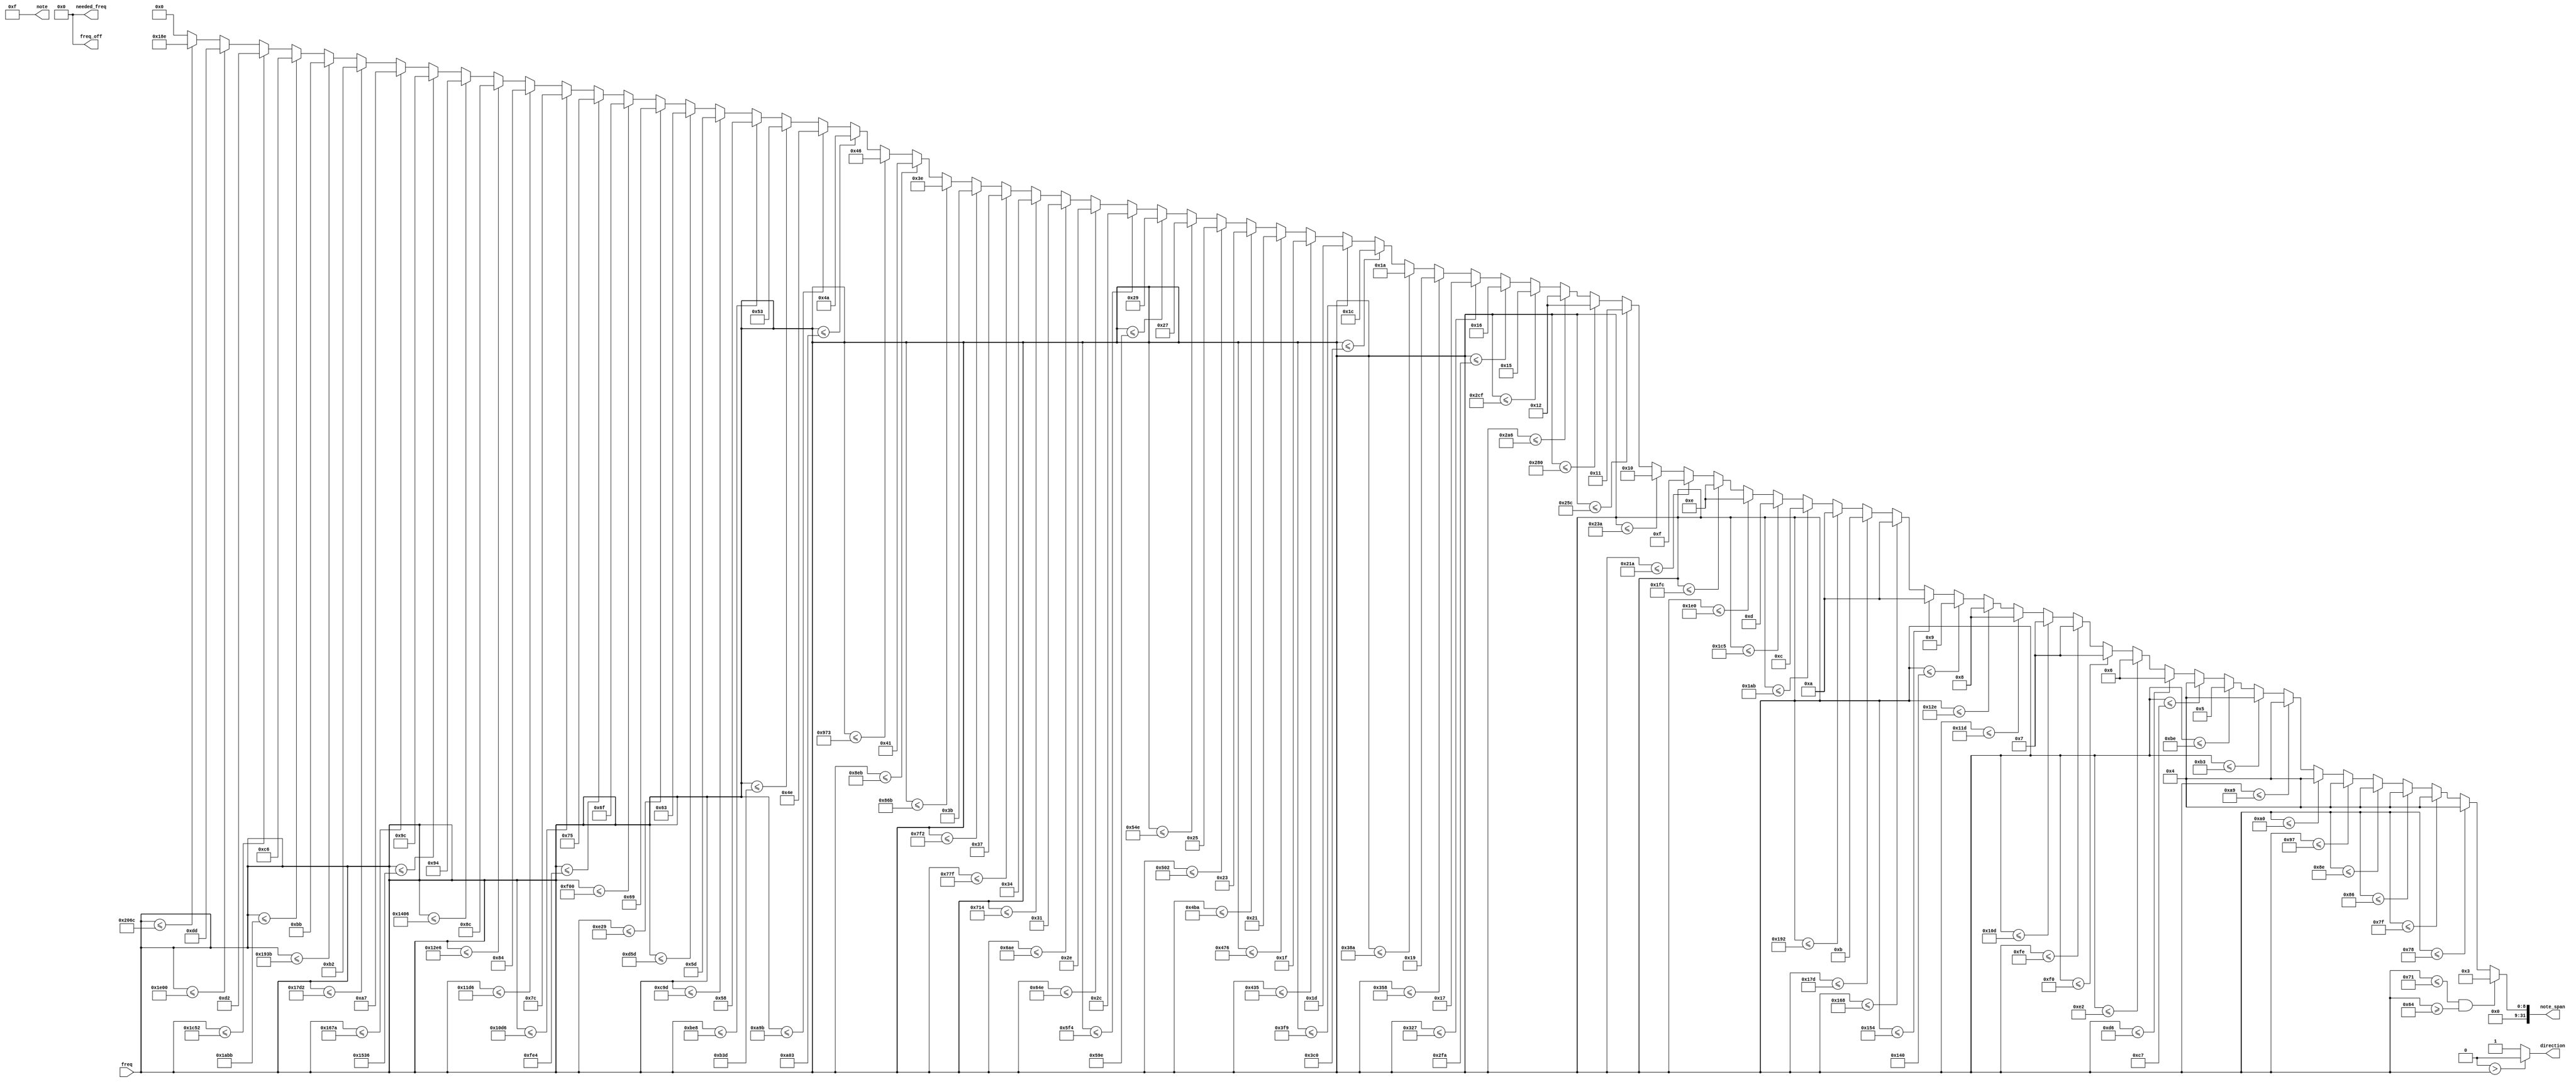
module note_determiner(
    input [31:0] freq,
    output [3:0] note,
    output direction,
    output [31:0] freq_off,
    output [31:0] needed_freq,
    output [31:0] note_span
    );
    wire [31:0] needed_freq = 0;
    wire [31:0] freq_off = 0;
    assign needed_freq = (freq <= 100)?0:(freq <= 113) ? 110 : 
    (freq<=120) ? 116 :(freq <=127)?123:(freq<=134)?130:(freq<=142)?138:(freq<=151)?147:
    (freq <= 160)? 155:(freq <= 169)? 165:(freq <= 179)? 175:(freq <= 190)? 185:(freq <= 199)? 196:
    (freq <= 214)? 208:(freq <= 226)? 220:(freq <= 240)? 233:(freq <= 254)? 247:(freq <= 269)? 262:
    (freq <= 285)? 277:(freq <= 302)? 294:(freq <= 320)? 311:(freq <= 340)? 330:(freq <= 360)? 350:
    (freq <= 381)? 370:(freq <= 402)? 392:(freq <= 427)? 415:(freq <= 453)? 440:(freq <= 480)? 466:
    (freq <= 508)? 494:(freq <= 538)? 523:(freq <= 570)? 554:(freq <= 604)? 587:(freq <= 640)? 622:
    (freq <= 678)? 659:(freq <= 719)? 698:(freq <= 762)? 740:(freq <= 807)? 784:(freq <= 856)? 831:
    (freq <= 906)? 880:(freq <= 960)? 932:(freq <= 1017)? 988:(freq <= 1077)? 1046:(freq <= 1142)? 1109:
    (freq <= 1210)? 1175:(freq <= 1282)? 1245:(freq <= 1358)? 1319:(freq <= 1438)? 1397:(freq <= 1524)? 1480:
    (freq <= 1614)? 1568:(freq <= 1710)? 1661:(freq <= 1812)? 1760:(freq <= 1919)? 1864:(freq <= 2034)? 1975:
    (freq <= 2155)? 2093:(freq <= 2283)? 2218:(freq <= 2419)? 2349:(freq <= 2563)? 2489:(freq <= 2715)? 2637:
    (freq <= 2877)? 2794:(freq <= 3048)? 2960:(freq <= 3229)? 3136:(freq <= 3421)? 3322:(freq <= 3625)? 3520:
    (freq <= 3840)? 3729:(freq <= 4068)? 3951:(freq <= 4310)? 4186:(freq <= 4566)? 4434:(freq <= 4838)? 4698:
    (freq <= 5126)? 4978:(freq <= 5430)? 5274:(freq <= 5754)? 5587:(freq <= 6098)? 5920:(freq <= 6459)? 6272:
    (freq <= 6843)? 6645:(freq <= 7250)? 7040:(freq <= 7680)? 7459:(freq <= 8300)? 7902:0
    ;
    // 0 means negative, 1 means positive
    assign direction = (needed_freq > freq)? 0:1;
    assign freq_off = (needed_freq > freq)? needed_freq-freq : freq-needed_freq;
    // A is 0, A# 1, B 2, C 3.... G 10, G# 11
    assign note = (needed_freq == 110 || needed_freq == 220 || needed_freq == 440 || needed_freq == 880 || needed_freq == 1760
        || needed_freq == 3520 || needed_freq == 7040
     ) ? 0 : 
    (needed_freq == 116 || needed_freq == 233 || needed_freq == 466 || needed_freq == 932 || needed_freq == 1864
             || needed_freq == 3729 || needed_freq == 7459
          ) ? 1 :
    (needed_freq == 123 || needed_freq == 247 || needed_freq == 494 || needed_freq == 988 || needed_freq == 1975 
                       || needed_freq == 3951 || needed_freq == 7902
                    ) ? 2 :
     (needed_freq == 130 || needed_freq == 262 || needed_freq == 523 || needed_freq == 1046 || needed_freq == 2093 
                                           || needed_freq == 4186
                                        ) ? 3 :
      (needed_freq == 138 || needed_freq == 277 || needed_freq == 554 || needed_freq == 1109 || needed_freq == 2218
           || needed_freq == 4434
        ) ? 4:
      (needed_freq == 147 || needed_freq == 294 || needed_freq == 587 || needed_freq == 1175 || needed_freq == 2349 
                   || needed_freq == 4698
                ) ? 5:   
       (needed_freq == 156 || needed_freq == 311 || needed_freq == 622 || needed_freq == 1245 || needed_freq == 2489 
           || needed_freq == 4978
        ) ? 6:          
       (needed_freq == 165 || needed_freq == 330 || needed_freq == 659 || needed_freq == 1319 || needed_freq == 2637
           || needed_freq == 5274
        ) ? 7:
        (needed_freq == 175 || needed_freq == 349 || needed_freq == 698 || needed_freq == 1397 || needed_freq == 2794
           || needed_freq == 5587
        ) ? 8:  
        (needed_freq == 185 || needed_freq == 370 || needed_freq == 740 || needed_freq == 1480 || needed_freq == 2960
           || needed_freq == 5920
        ) ? 9:     
        (needed_freq == 196 || needed_freq == 392 || needed_freq == 784 || needed_freq == 1568 || needed_freq == 3136
           || needed_freq == 6272
        ) ? 10:(needed_freq==0)?15:11;     
        /*(needed_freq == 208 || needed_freq == 415 || needed_freq == 831 || needed_freq == 1661 || needed_freq == 3322
           || needed_freq == 6645
        ) ? 11: 12;  */                                  
    assign note_span = (freq <= 113 && freq >= 100) ? 3 : 
        (freq<=120) ? 4 :(freq <=127)?4:(freq<=134)?4:(freq<=142)?4:(freq<=151)?4:
        (freq <= 160)? 4:(freq <= 169)? 4:(freq <= 179)? 4:(freq <= 190)? 5:(freq <= 199)? 4:
        (freq <= 214)? 6:(freq <= 226)? 6:(freq <= 240)? 7:(freq <= 254)? 7:(freq <= 269)? 7:
        (freq <= 285)? 8:(freq <= 302)? 8:(freq <= 320)? 9:(freq <= 340)? 10:(freq <= 360)? 10:
        (freq <= 381)? 11:(freq <= 402)? 10:(freq <= 427)? 12:(freq <= 453)? 13:(freq <= 480)? 14:
        (freq <= 508)? 14:(freq <= 538)? 15:(freq <= 570)? 16:(freq <= 604)? 17:(freq <= 640)? 18:
        (freq <= 678)? 18:(freq <= 719)? 21:(freq <= 762)? 22:(freq <= 807)? 23:(freq <= 856)? 25:
        (freq <= 906)? 26:(freq <= 960)? 28:(freq <= 1017)? 29:(freq <= 1077)? 31:(freq <= 1142)? 33:
        (freq <= 1210)? 35:(freq <= 1282)? 37:(freq <= 1358)? 39:(freq <= 1438)? 41:(freq <= 1524)? 44:
        (freq <= 1614)? 46:(freq <= 1710)? 49:(freq <= 1812)? 52:(freq <= 1919)? 55:(freq <= 2034)? 59:
        (freq <= 2155)? 62:(freq <= 2283)? 65:(freq <= 2419)? 70:(freq <= 2563)? 74:(freq <= 2715)? 78:
        (freq <= 2877)? 83:(freq <= 3048)? 88:(freq <= 3229)? 93:(freq <= 3421)? 99:(freq <= 3625)? 105:
        (freq <= 3840)? 111:(freq <= 4068)? 117:(freq <= 4310)? 124:(freq <= 4566)? 132:(freq <= 4838)? 140:
        (freq <= 5126)? 148:(freq <= 5430)? 156:(freq <= 5754)? 167:(freq <= 6098)? 178:(freq <= 6459)? 187:
        (freq <= 6843)? 198:(freq <= 7250)? 210:(freq <= 7680)? 221:(freq <= 8300)? 398:0
        ;
endmodule